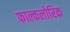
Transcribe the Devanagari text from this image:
फाल्कलोरिक